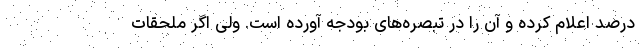
درصد اعلام کرده و آن را در تبصره‌های بودجه آورده است. ولی اگر ملحقات